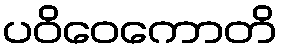
ပဝိဝေကောတိ